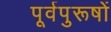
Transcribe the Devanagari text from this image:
पूर्वपुरूषों